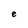
Character: e